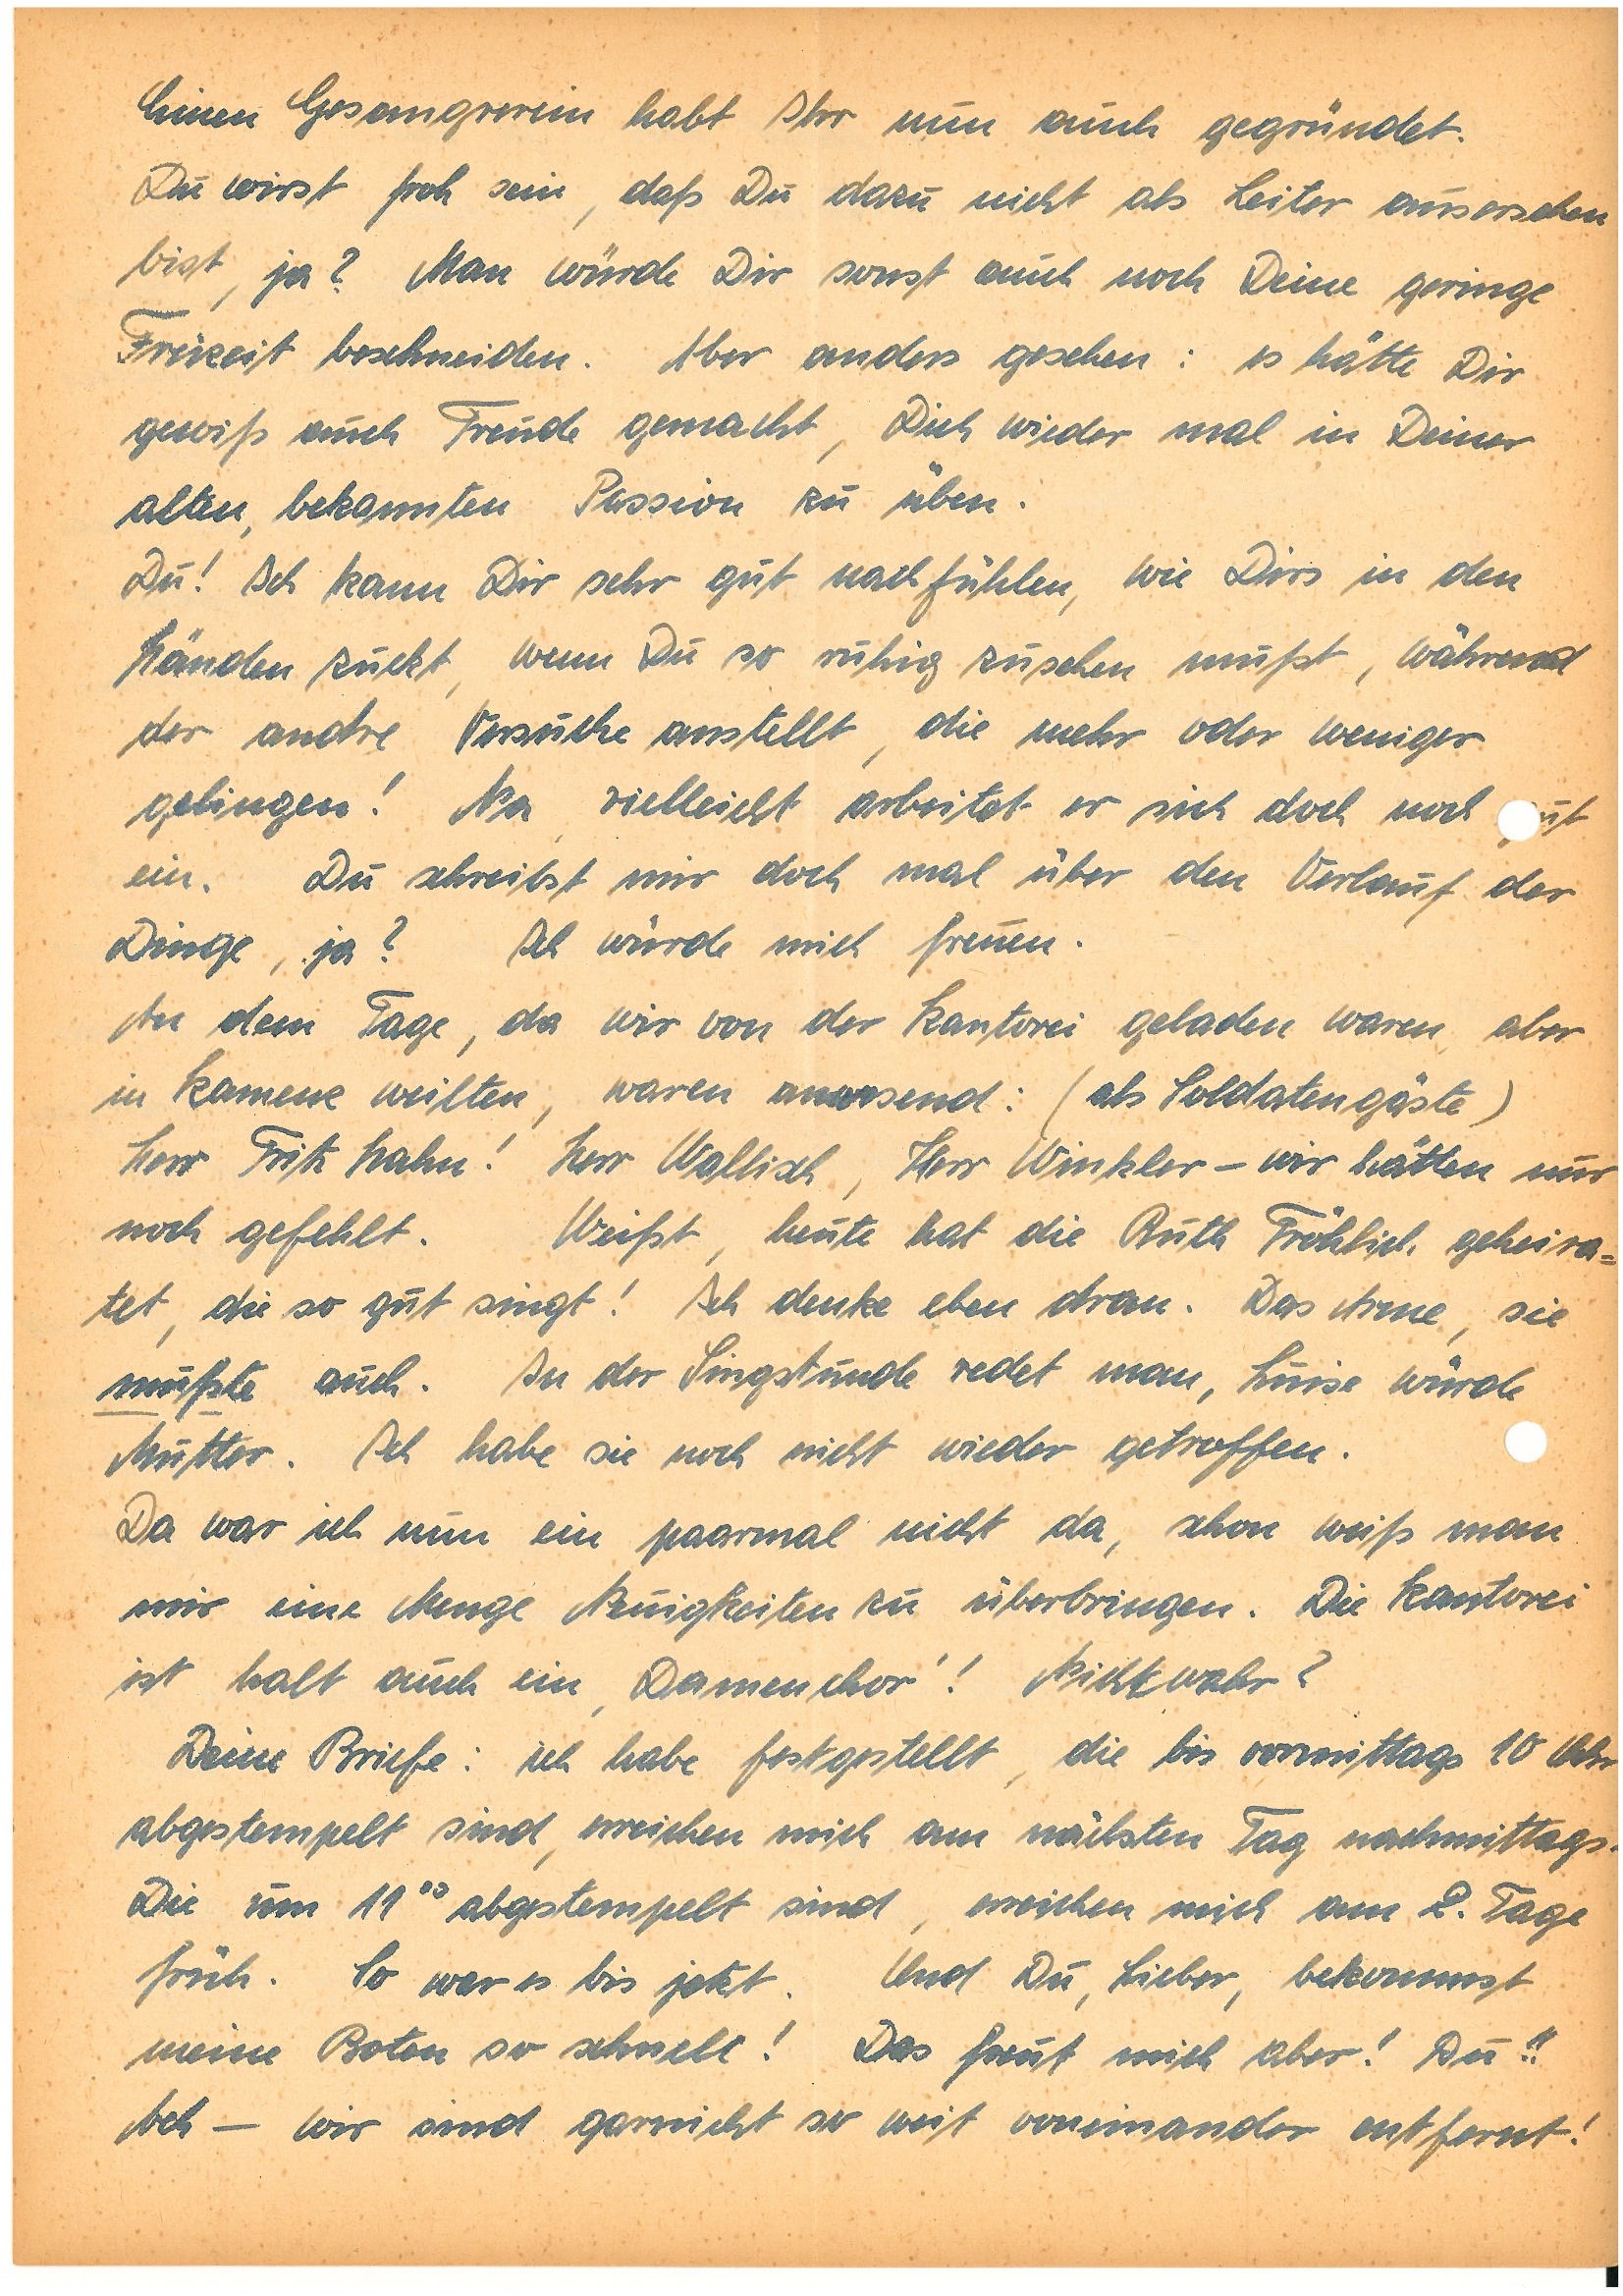
Einen Gesangverein habt ihr nun auch gegründet.
Du wirst froh sein, daß du dazu nicht als Leiter ausersehen
bis, ja? Man würde dir sonst auch noch Deine geringe
Freizeit beschneiden. Aber anders gesehen: es hätte Dir
gewiß auch Freude gemacht, Dich wieder mal in Deiner
alten, bekannten Passion zu üben.
Du! Ich kann Dir sehr gut nachfühlen, wie Dirs in den
Händen zuckt, wenn Du so ruhig zusehen mußt, während
der andre Versuche anstellt, die mehr oder weniger
gelingen. Na vielleicht arbeitet er sich doch mal gut
ein. Du schreibst mir doch mal über den Verlauf der
Dinge, ja? Ich würde mich freuen.
An dem Tage, da wir von der Kantorei geladen waren aber
in K. weilten, waren anwesend: (als Soldatengäste)
Herr Fritz H.! Herr W., Herr W.– wir hätten nur
noch gefehlt. Weißt, heute hat die Ruth F. geheira¬
tet, die so gut singt! Ich denke eben dran. Das Arme, sie
mußte auch. In der Singstunde redet man, Luise würde
Mutter. Ich habe sie noch nicht wieder getroffen.
Da war ich nun ein paarmal nicht da, schon weiß man
mir eine Menge Neuigkeiten zu überbringen. Die Kantorei
ist halt auch ein ‚Damenchor‘! Nichtwahr ?
Deine Briefe: ich habe festgestellt, die bis vormittags 10 Uhr
abgestempelt sind, erreichen mich am nächsten Tag nachmittags.
Die um 11 Uhr abgestempelt sind, erreichen mich am 2. Tage
früh. So war es bis jetzt. Und du, Lieber, bekommst
meine Boten so schnell! das freut mich aber! Du!!
Ach – wir sind gar nicht so weit voneinander entfernt!